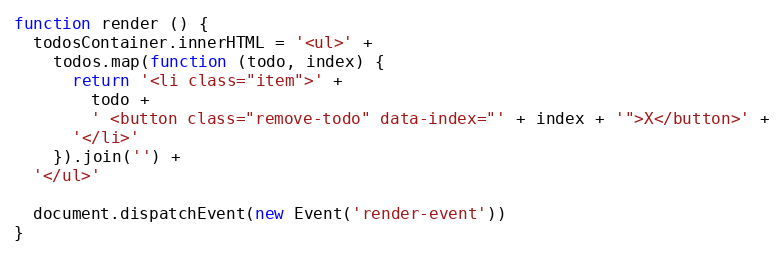
Language: JavaScript
function render () {
  todosContainer.innerHTML = '<ul>' +
    todos.map(function (todo, index) {
      return '<li class="item">' +
        todo +
        ' <button class="remove-todo" data-index="' + index + '">X</button>' +
      '</li>'
    }).join('') +
  '</ul>'

  document.dispatchEvent(new Event('render-event'))
}